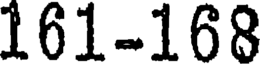
161-168